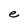
Character: e